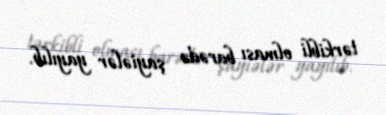
tərkibli olması barədə şayiələr yayılıb.